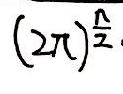
\((2\pi)^{\frac{n}{2}}\)